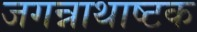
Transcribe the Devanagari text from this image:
जगन्नाथाष्टक